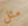
مثل